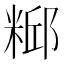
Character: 𫃃